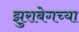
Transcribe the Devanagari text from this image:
झुराबेगच्या